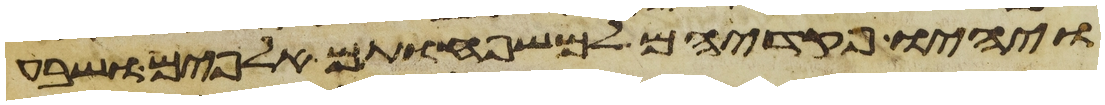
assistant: ויהיו פקדיהם למשפחותם אלפים ושבע